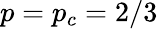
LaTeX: p=p_{c}=2/3